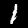
Label: 1